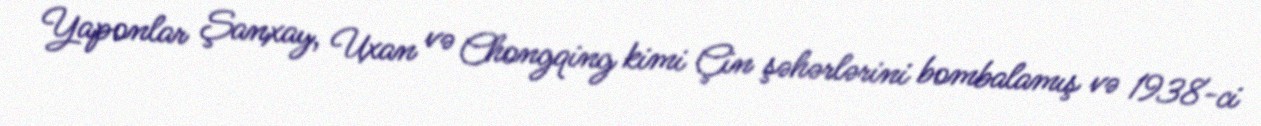
Yaponlar Şanxay, Uxan və Chongqing kimi Çin şəhərlərini bombalamış və 1938-ci